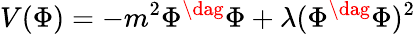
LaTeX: V(\Phi)=-m^{2}\Phi^{\dag}\Phi+\lambda(\Phi^{\dag}\Phi)^{2}